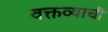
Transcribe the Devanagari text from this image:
वक्तव्याची